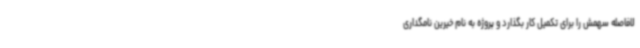
لافاصله سهمش را برای تکمیل کار بگذارد و پروژه به نام خیرین نامگداری